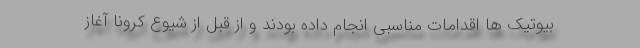
بیوتیک ها اقدامات مناسبی انجام داده بودند و از قبل از شیوع کرونا آغاز